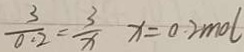
\frac { 3 } { 0 . 2 } = \frac { 3 } { x } x = 0 . 2 m o l